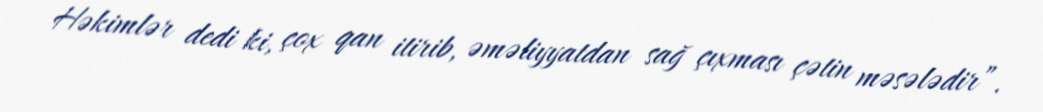
Həkimlər dedi ki, çox qan itirib, əməliyyatdan sağ çıxması çətin məsələdir”.